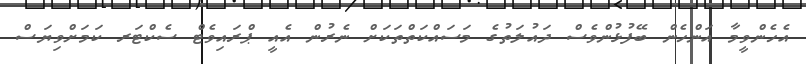
އެހެންވީމާ އަންހެން ބޭފުޅުންވެސް ދައުލަތުގެ މަސައްކަތްތަކަށް ނެރުން އެއީ ޕްރައިވެޓް ސެކްޓަރ ކަމަށްވިޔަސް